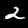
Digit: 2